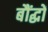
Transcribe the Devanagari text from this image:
बौंद्धों